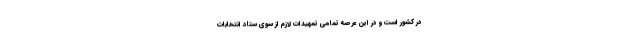
در کشور است و در این عرصه تمامی تمهیدات لازم از سوی ستاد انتخابات